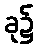
ခု၌